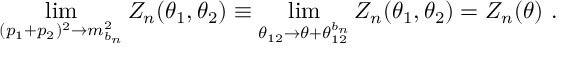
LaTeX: \operatorname * { l i m } _ { ( p _ { 1 } + p _ { 2 } ) ^ { 2 } \rightarrow m _ { b _ { n } } ^ { 2 } } Z _ { n } ( \theta _ { 1 } , \theta _ { 2 } ) \equiv \operatorname * { l i m } _ { \theta _ { 1 2 } \rightarrow \theta + \theta _ { 1 2 } ^ { b _ { n } } } Z _ { n } ( \theta _ { 1 } , \theta _ { 2 } ) = Z _ { n } ( \theta ) ~ .